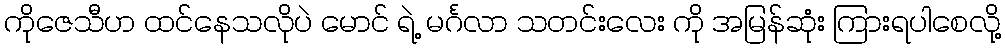
ကိုဇေသီဟ ထင်နေသလိုပဲ မောင် ရဲ့ မင်္ဂလာ သတင်းလေး ကို အမြန်ဆုံး ကြားရပါစေလို့